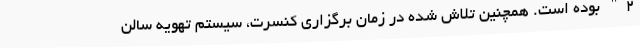
2" بوده است. همچنین تلاش شده در زمان برگزاری کنسرت، سیستم تهویه سالن